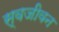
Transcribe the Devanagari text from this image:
स्वजीवन